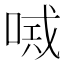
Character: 𠸴